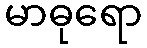
မာဓုရော